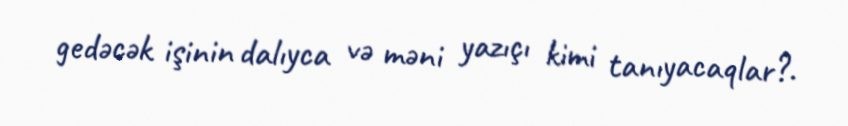
gedəcək işinin dalıyca və məni yazıçı kimi tanıyacaqlar?.